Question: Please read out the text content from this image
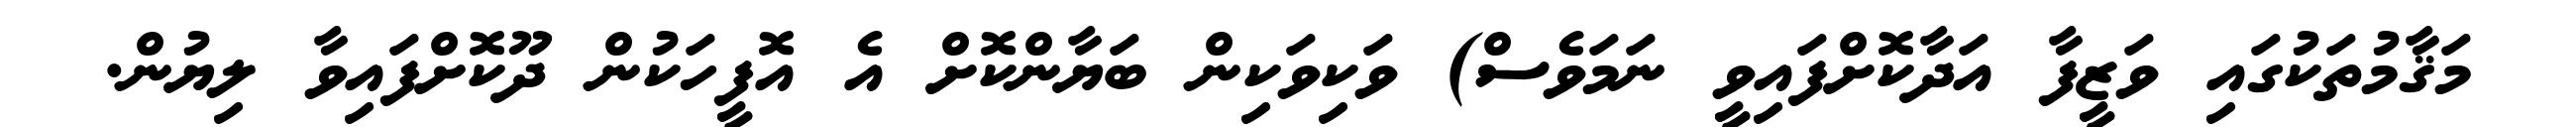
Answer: މަޤާމުތަކުގައި ވަޒީފާ އަދާކޮށްފައިވީ ނަމަވެސް) ވަކިވަކިން ބަޔާންކޮށް އެ އޮފީހަކުން ދޫކޮށްފައިވާ ލިޔުން.